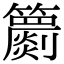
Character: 𥷙